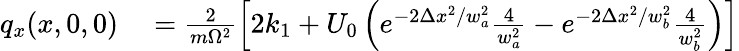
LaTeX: \begin{array}{rl}{q_{x}(x,0,0)}&{{}=\frac{2}{m\Omega^{2}}\left[2k_{1}+U_{0}\left(e^{-2\Delta x^{2}/w_{a}^{2}}\frac{4}{w_{a}^{2}}-e^{-2\Delta x^{2}/w_{b}^{2}}\frac{4}{w_{b}^{2}}\right)\right]}\end{array}